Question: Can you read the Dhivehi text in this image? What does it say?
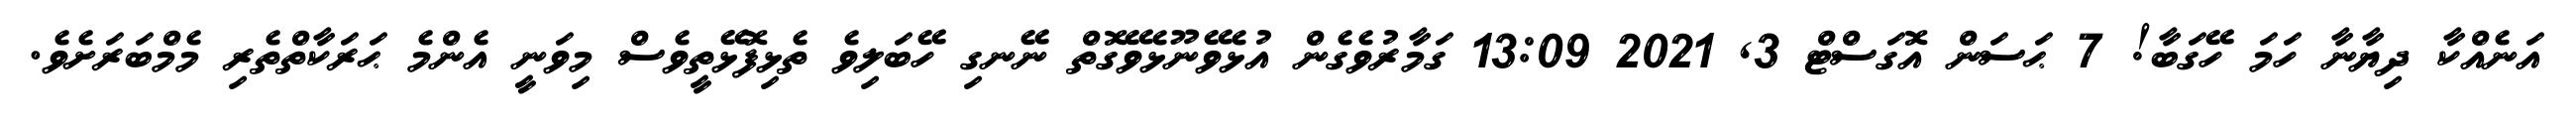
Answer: އަނެއްކާ ދިޔާނާ ހަމަ ހޭގަބާ! 7 ޙަސަން އޮގަސްޓް 3, 2021 13:09 ގަމާރުވެގެން އުޅެވޭނޫޅެވޭގޮތް ނޭނގި ހޭބަލިވެ ތެޅިފޮޅޭތީވެސް މިވަނީ އެންމެ ޙަރަކާތްތެރި މެމްބަރަށެވެ.